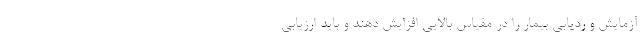
آزمایش و ردیابی بیمار را در مقیاس بالایی افزایش دهند و باید ارزیابی